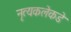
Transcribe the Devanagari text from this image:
नृत्यकलेकडे